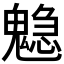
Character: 𩴃